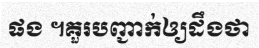
ផង ។គួរបញ្ជាក់ឲ្យដឹងថា